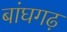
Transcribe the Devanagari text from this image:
बांघगढ़